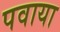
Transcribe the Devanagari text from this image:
पवाया